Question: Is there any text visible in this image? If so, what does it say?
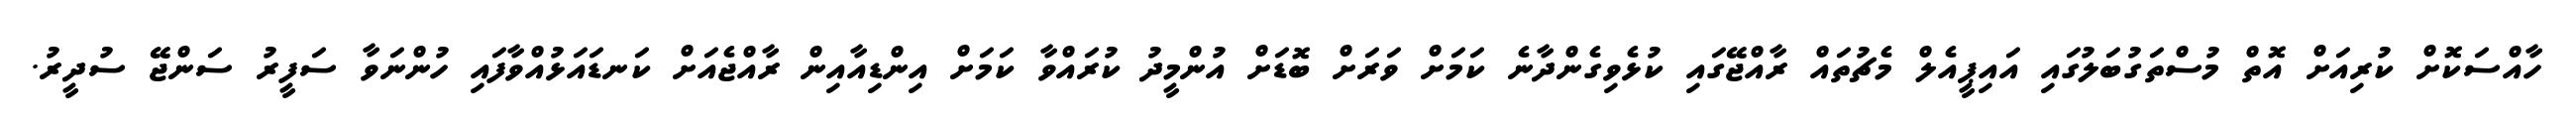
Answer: ހާއްސަކޮށް ކުރިއަށް އޮތް މުސްތަގުބަލުގައި އައިޕީއެލް މެޗުތައް ރާއްޖޭގައި ކުޅެވިގެންދާނެ ކަމަށް ވަރަށް ބޮޑަށް އުންމީދު ކުރައްވާ ކަމަށް އިންޑިއާއިން ރާއްޖެއަށް ކަނޑައަޅުއްވާފައި ހުންނަވާ ސަފީރު ސަންޖޭ ސުދީރު.